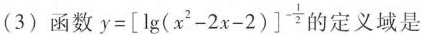
(3)函数 $$y = \left[ \lg ( x^{2}- 2 x - 2 ) \right] ^{- \frac{1}{2}}$$ 的定义域是